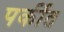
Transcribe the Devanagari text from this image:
पर्कीत